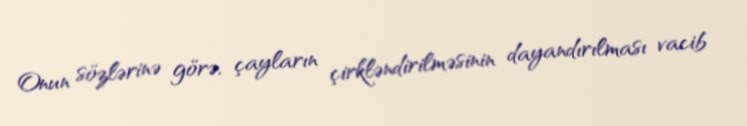
Onun sözlərinə görə, çayların çirkləndirilməsinin dayandırılması vacib